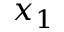
x _ { 1 }